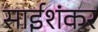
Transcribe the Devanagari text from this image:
साईशंकर